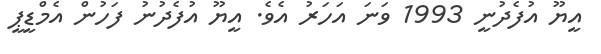
އީޔޫ އުފެދުނީ 1993 ވަނަ އަހަރު އެވެ. އީޔޫ އުފެދުނު ފަހުން އެމްޑީޕީ